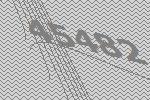
45482